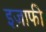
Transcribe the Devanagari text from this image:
इज़ाफी